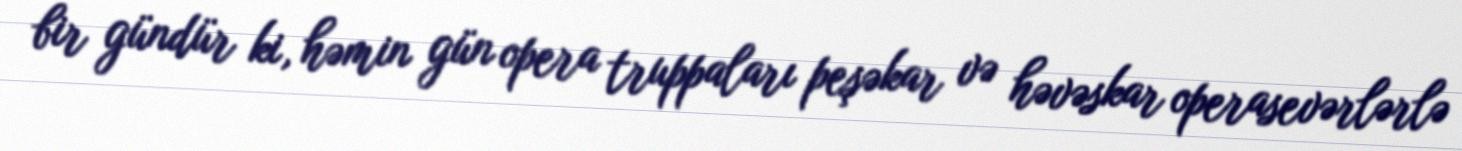
bir gündür ki, həmin gün opera truppaları peşəkar və həvəskar operasevərlərlə